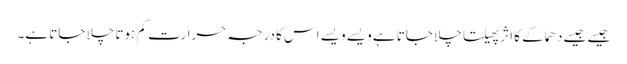
جیسے جیسے دھماکے کا اثر پھیلتا چلا جاتا ہے ویسے ویسے اس کا درجہ حرارت کم ہوتا چلا جاتا ہے۔